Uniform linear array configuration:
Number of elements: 16
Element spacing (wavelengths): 0.75
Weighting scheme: hann
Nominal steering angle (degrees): -60
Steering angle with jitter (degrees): -61.166
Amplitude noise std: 0.05
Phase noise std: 0.05

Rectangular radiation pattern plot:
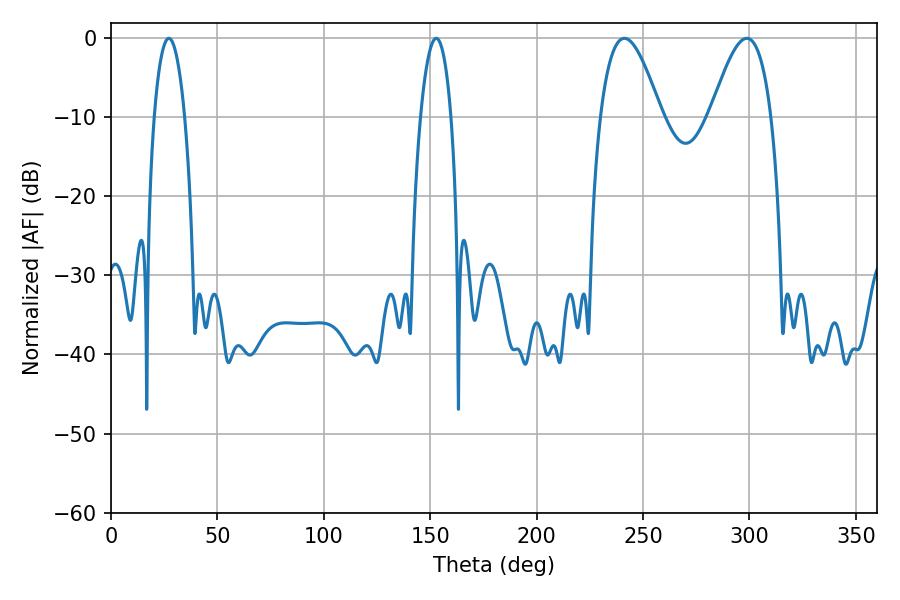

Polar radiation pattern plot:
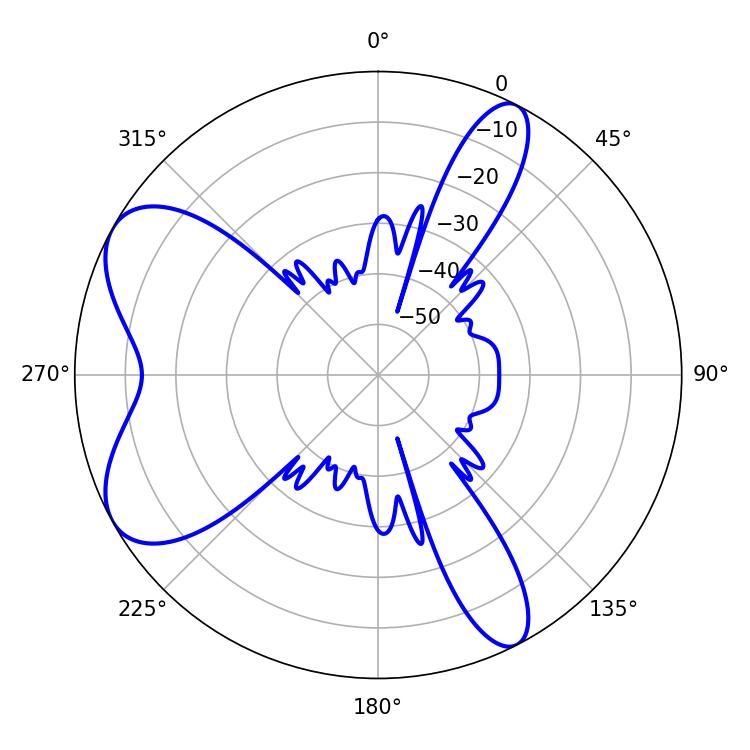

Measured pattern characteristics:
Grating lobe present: TRUE
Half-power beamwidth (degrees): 8.1
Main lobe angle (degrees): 27.18